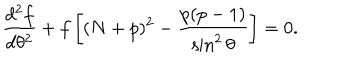
LaTeX: { \frac { d ^ { 2 } f } { d \theta ^ { 2 } } } + f \left[ ( N + p ) ^ { 2 } - { \frac { p ( p - 1 ) } { \sin ^ { 2 } \theta } } \right] = 0 .